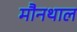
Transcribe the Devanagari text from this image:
मौनथाल